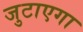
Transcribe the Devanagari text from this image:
जुटाएगा